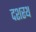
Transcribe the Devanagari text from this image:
दशरथ